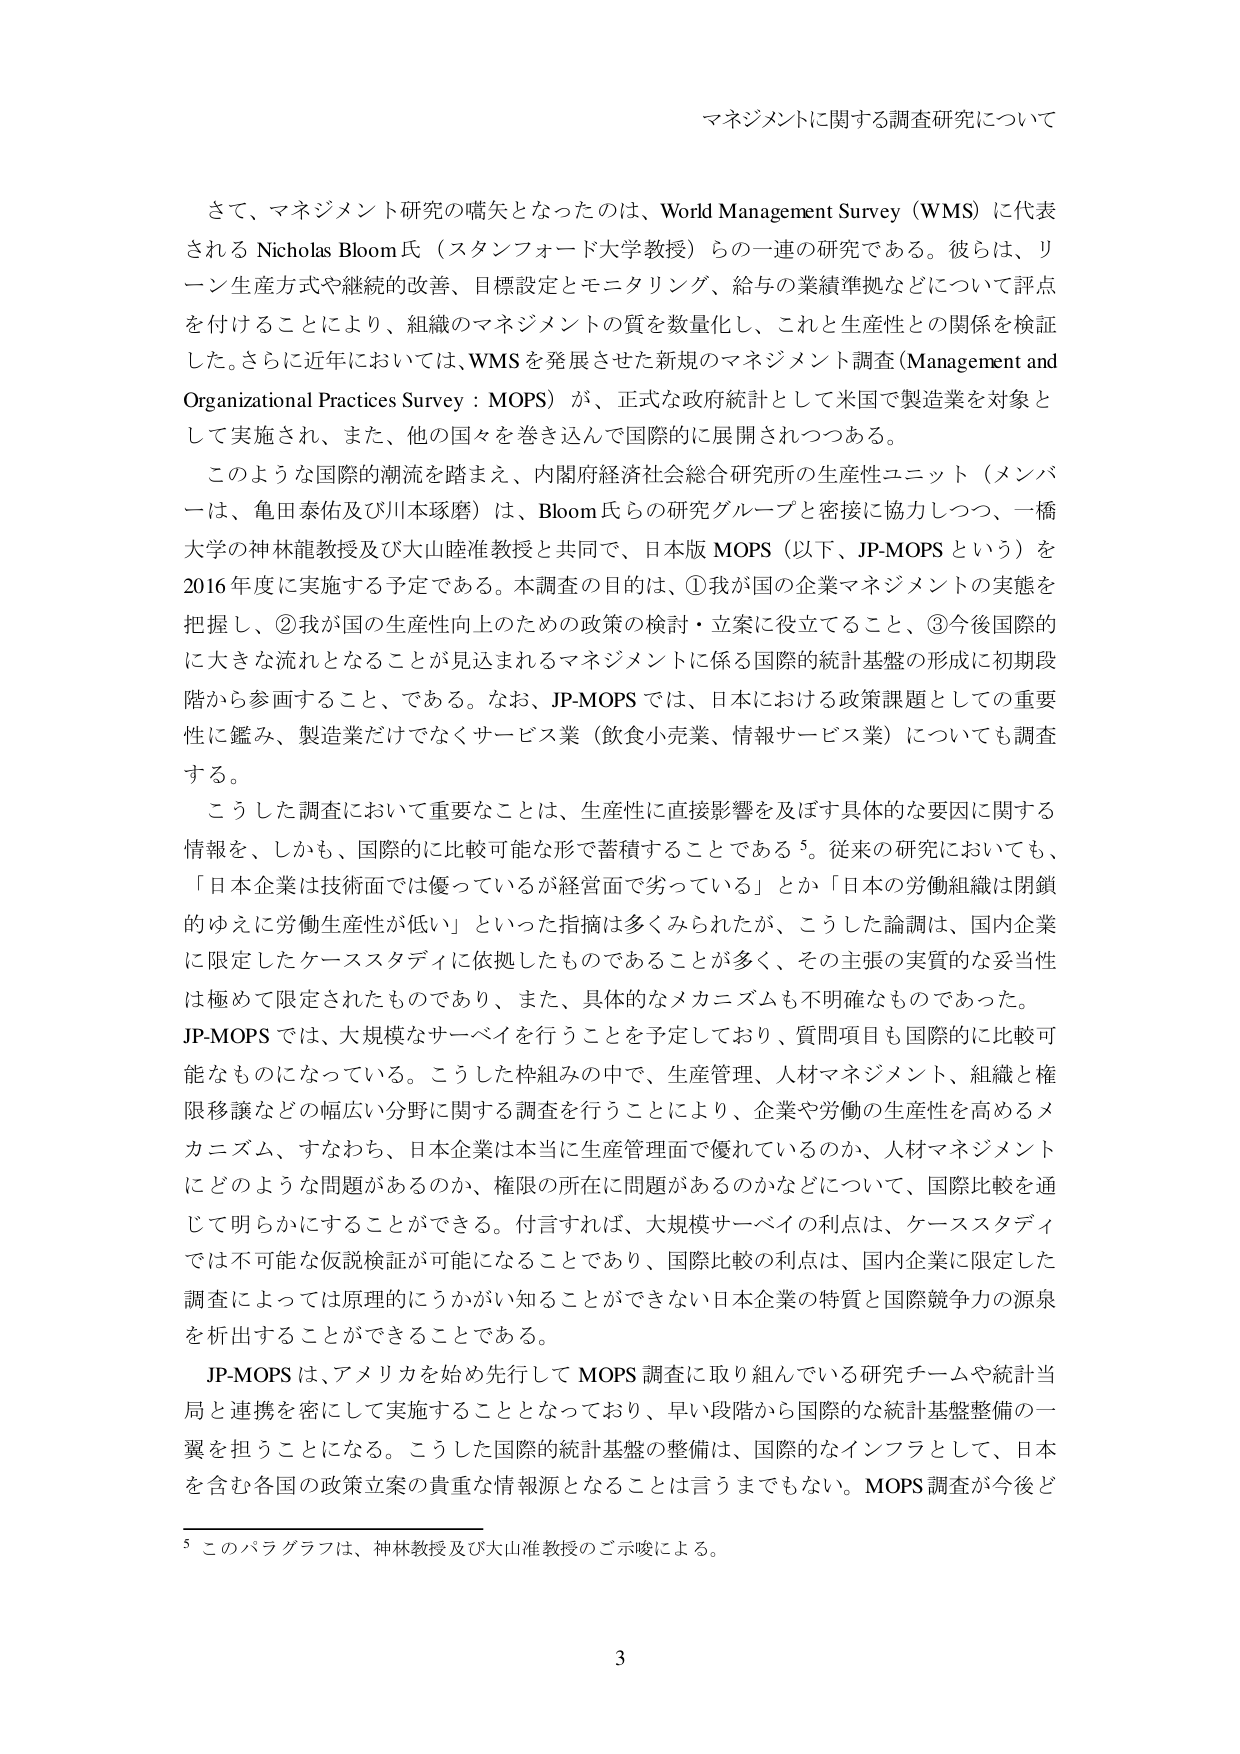
マネジメントに関する調査研究について

さて、マネジメント研究の嚆矢となったのは、World Management Survey（WMS）に代表される Nicholas Bloom 氏（スタンフォード大学教授）らの一連の研究である。彼らは、リーン生産方式や継続的改善、目標設定とモニタリング、給与の業績準拠などについて評点を付けることにより、組織のマネジメントの質を数量化し、これと生産性との関係を検証した。さらに近年においては、WMSを発展させた新規のマネジメント調査（Management and Organizational Practices Survey：MOPS）が、正式な政府統計として米国で製造業を対象として実施され、また、他の国々を巻き込んで国際的に展開されつつある。

このような国際的潮流を踏まえ、内閣府経済社会総合研究所の生産性ユニット（メンバーは、亀田泰佑及び川本琢磨）は、Bloom氏らの研究グループと密接に協力しつつ、一橋大学の神林龍教授及び大山睦准教授と共同で、日本版 MOPS（以下、JP-MOPS という）を2016年度に実施する予定である。本調査の目的は、①我が国の企業マネジメントの実態を把握し、②我が国の生産性向上のための政策の検討・立案に役立てること、③今後国際的に大きな流れとなることが見込まれるマネジメントに係る国際的統計基盤の形成に初期段階から参画すること、である。なお、JP-MOPS では、日本における政策課題としての重要性に鑑み、製造業だけでなくサービス業（飲食小売業、情報サービス業）についても調査する。

こうした調査において重要なことは、生産性に直接影響を及ぼす具体的な要因に関する情報を、しかも、国際的に比較可能な形で蓄積することである⁵。従来の研究においても、「日本企業は技術面では優っているが経営面で劣っている」とか「日本の労働組織は閉鎖的ゆえに労働生産性が低い」といった指摘は多くみられたが、こうした論調は、国内企業に限定したケーススタディに依拠したものであることが多く、その主張の実質的な妥当性は極めて限定されたものであり、また、具体的なメカニズムも不明確なものであった。

JP-MOPS では、大規模なサーベイを行うことを予定しており、質問項目も国際的に比較可能なものになっている。こうした枠組みの中で、生産管理、人材マネジメント、組織と権限移譲などの幅広い分野に関する調査を行うことにより、企業や労働の生産性を高めるメカニズム、すなわち、日本企業は本当に生産管理面で優れているのか、人材マネジメントにどのような問題があるのか、権限の所在に問題があるのかなどについて、国際比較を通じて明らかにすることができる。付言すれば、大規模サーベイの利点は、ケーススタディでは不可能な仮説検証が可能になることであり、国際比較の利点は、国内企業に限定した調査によっては原理的にうかがい知ることができない日本企業の特質と国際競争力の源泉を析出することができるということである。

JP-MOPS は、アメリカを始め先行して MOPS 調査に取り組んでいる研究チームや統計当局と連携を密にして実施することとなっており、早い段階から国際的な統計基盤整備の一翼を担うことになる。こうした国際的統計基盤の整備は、国際的なインフラとして、日本を含む各国の政策立案の貴重な情報源となることは言うまでもない。MOPS 調査が今後ど

⁵ このパラグラフは、神林教授及び大山准教授のご示唆による。

3